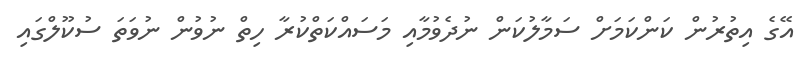
އޭގެ އިތުރުން ކަންކަމަށް ސަމާލުކަން ނުދެވުމާއި މަސައްކަތްކުރާ ހިތް ނުވުން ނުވަތަ ސުކޫލްގައި